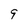
Character: 9